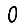
Digit: 0